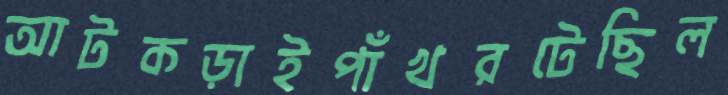
আটকড়াইপাঁখরটেছিল